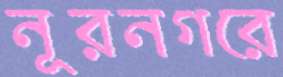
নূরনগরে